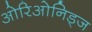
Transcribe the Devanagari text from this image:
ओरिओनिड्ज